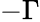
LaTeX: -\Gamma